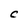
Character: C